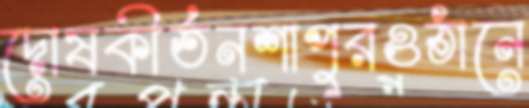
দোষকীর্তনশাপুরওঠানে